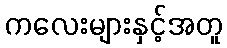
ကလေးများနှင့်အတူ